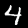
Label: 4